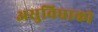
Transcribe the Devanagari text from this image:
असुविधाको